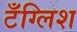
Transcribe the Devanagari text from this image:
टँग्लिश